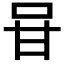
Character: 𭇐